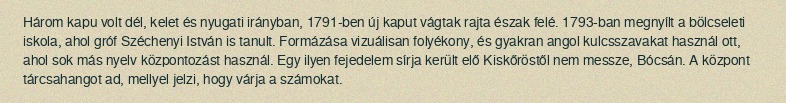
Három kapu volt dél, kelet és nyugati irányban, 1791-ben új kaput vágtak rajta észak felé. 1793-ban megnyílt a bölcseleti iskola, ahol gróf Széchenyi István is tanult. Formázása vizuálisan folyékony, és gyakran angol kulcsszavakat használ ott, ahol sok más nyelv központozást használ. Egy ilyen fejedelem sírja került elő Kiskőröstől nem messze, Bócsán. A központ tárcsahangot ad, mellyel jelzi, hogy várja a számokat.